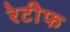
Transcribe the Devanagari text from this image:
रेटीफ